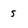
Character: 5